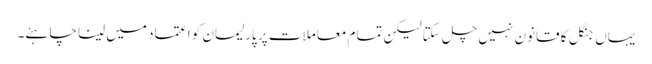
یہاں جنگل کا قانون نہیں چل سکتا لیکن تمام معاملات پر پارلیمان کو اعتماد میں لینا چاہئے۔